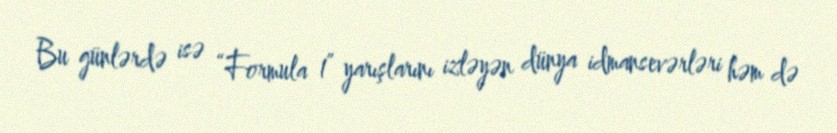
Bu günlərdə isə “Formula 1” yarışlarını izləyən dünya idmansevərləri həm də